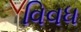
વિવધ